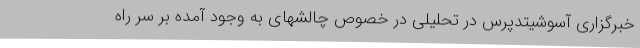
خبرگزاری آسوشیتدپرس در تحلیلی در خصوص چالشهای به وجود آمده بر سر راه